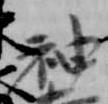
神